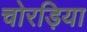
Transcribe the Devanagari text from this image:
चोरड़िया